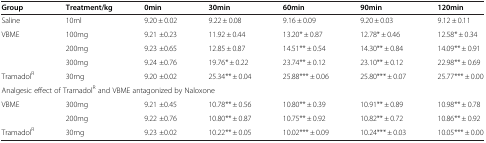
<table><thead><tr><td><b>Group</b></td><td><b>Treatment/kg</b></td><td><b>0min</b></td><td><b>30min</b></td><td><b>60min</b></td><td><b>90min</b></td><td><b>120min</b></td></tr></thead><tbody><tr><td>Saline</td><td>10ml</td><td>9.20 ± 0.02</td><td>9.22 ± 0.08</td><td>9.16 ± 0.09</td><td>9.20 ± 0.03</td><td>9.12 ± 0.11</td></tr><tr><td rowspan="3">VBME</td><td>100mg</td><td>9.21 ±0.23</td><td>11.92 ± 0.44</td><td>13.20* ± 0.87</td><td>12.78* ± 0.46</td><td>12.58* ± 0.34</td></tr><tr><td>200mg</td><td>9.23 ±0.65</td><td>12.85 ± 0.87</td><td>14.51** ± 0.54</td><td>14.30** ± 0.84</td><td>14.09** ± 0.91</td></tr><tr><td>300mg</td><td>9.24 ±0.76</td><td>19.76* ± 0.22</td><td>23.74** ± 0.12</td><td>23.10** ± 0.12</td><td>22.98** ± 0.69</td></tr><tr><td>Tramadol<sup>R</sup></td><td>30mg</td><td>9.20 ±0.02</td><td>25.34** ± 0.04</td><td>25.88*** ± 0.06</td><td>25.80*** ± 0.07</td><td>25.77*** ± 0.00</td></tr><tr><td colspan="7">Analgesic effect of Tramadol<sup>R</sup> and VBME antagonized by Naloxone</td></tr><tr><td rowspan="2">VBME</td><td>300mg</td><td>9.21 ±0.45</td><td>10.78** ± 0.56</td><td>10.80** ± 0.39</td><td>10.91** ± 0.89</td><td>10.98** ± 0.78</td></tr><tr><td>200mg</td><td>9.22 ±0.76</td><td>10.80** ± 0.87</td><td>10.75** ± 0.92</td><td>10.82** ± 0.72</td><td>10.86** ± 0.92</td></tr><tr><td>Tramadol<sup>R</sup></td><td>30mg</td><td>9.23 ±0.02</td><td>10.22** ± 0.05</td><td>10.02*** ± 0.09</td><td>10.24*** ± 0.03</td><td>10.05*** ± 0.00</td></tr></tbody></table>